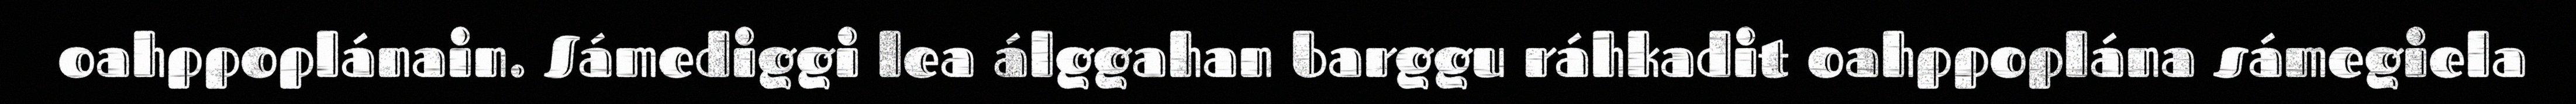
oahppoplánain. Sámediggi lea álggahan barggu ráhkadit oahppoplána sámegiela